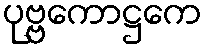
ပုဗ္ဗကောဋ္ဌကေ